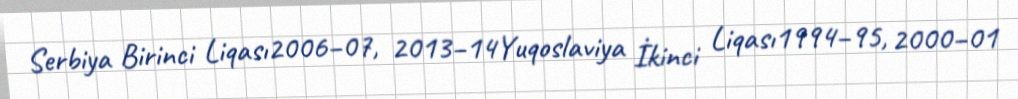
Serbiya Birinci Liqası2006–07, 2013–14Yuqoslaviya İkinci Liqası1994–95, 2000–01